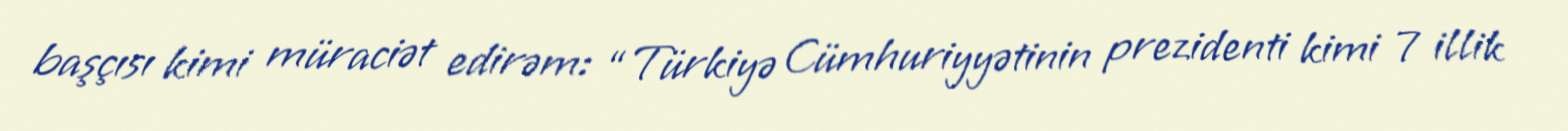
başçısı kimi müraciət edirəm: “Türkiyə Cümhuriyyətinin prezidenti kimi 7 illik